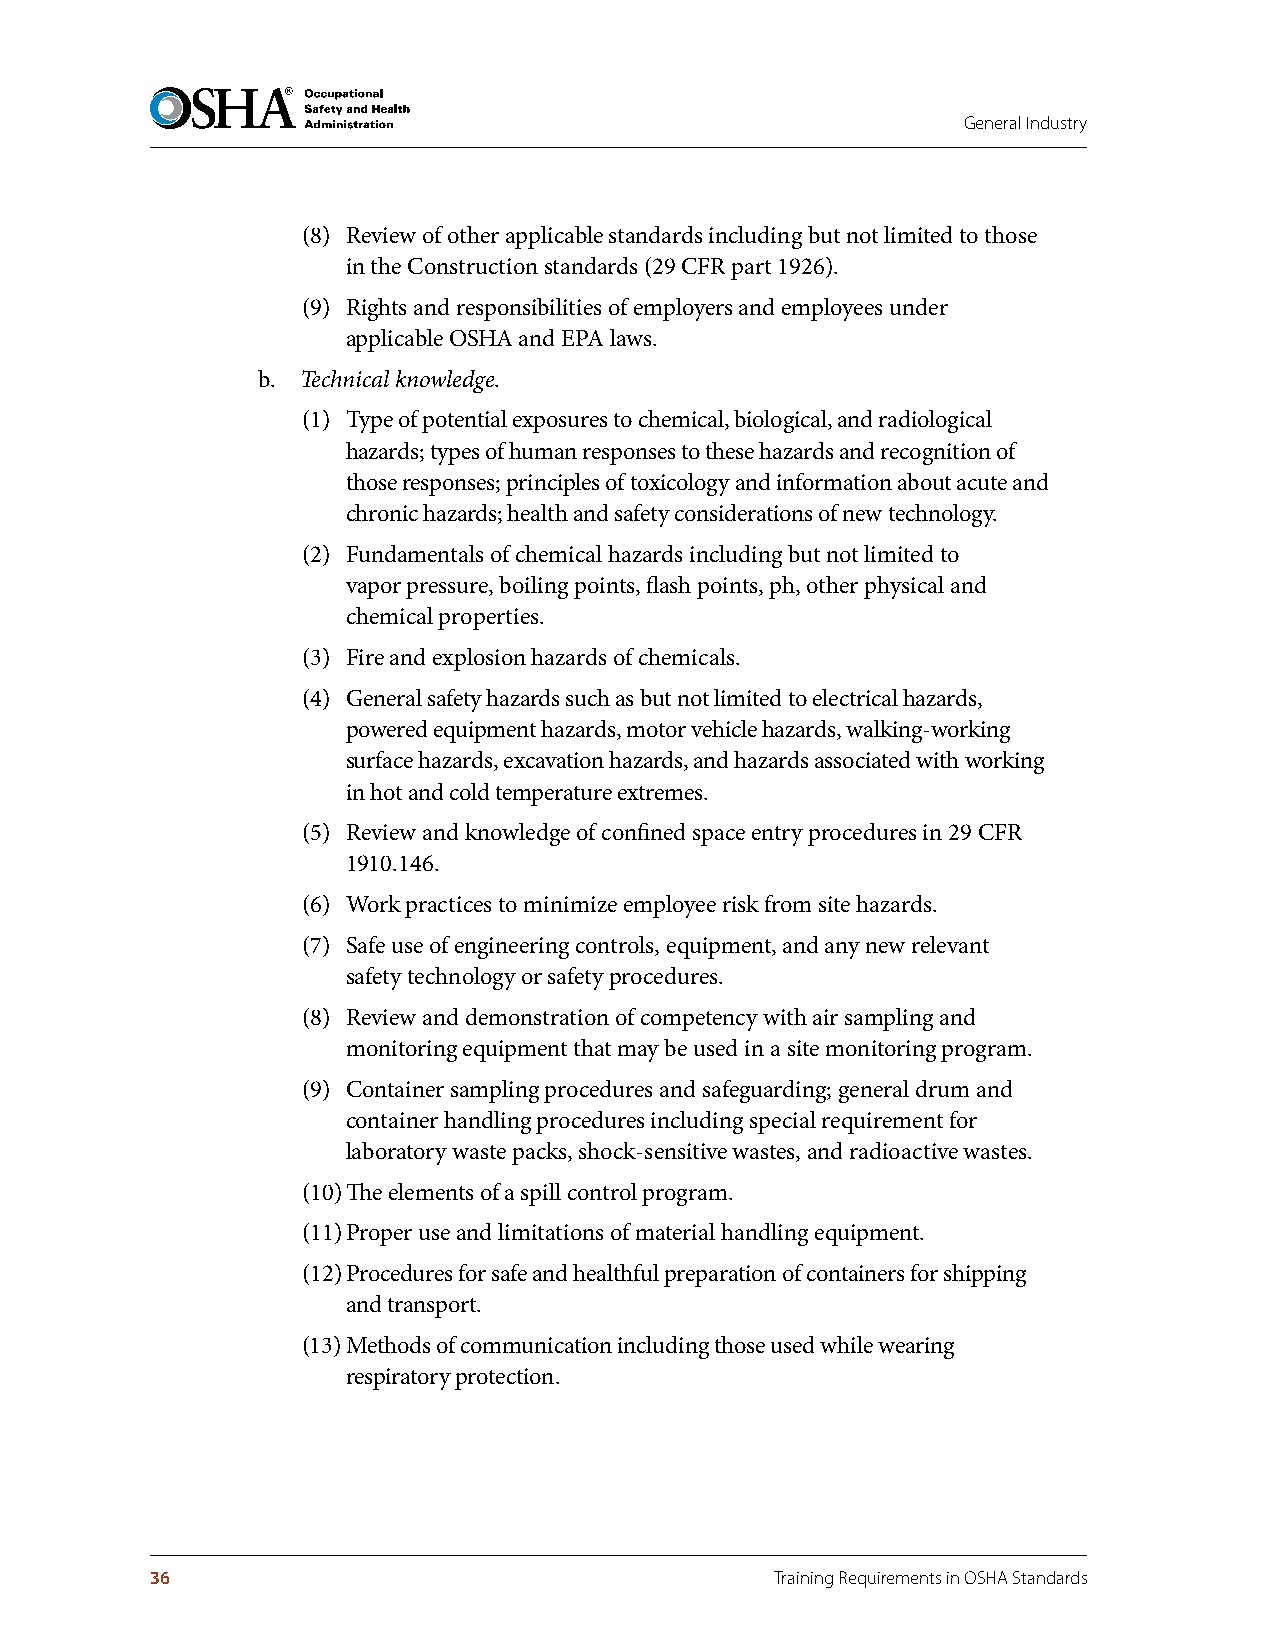
General Industry
 (8) Review of other applicable standards including but not limited to those
 in the Construction standards (29 CFR part 1926).
 (9) Rights and responsibilities of employers and employees under
 applicable OSHA and EPA laws.
 b. Technical knowledge.
 (1) Type of potential exposures to chemical, biological, and radiological
 hazards; types of human responses to these hazards and recognition of
 those responses; principles of toxicology and information about acute and
 chronic hazards; health and safety considerations of new technology.
 (2) Fundamentals of chemical hazards including but not limited to
 vapor pressure, boiling points, flash points, ph, other physical and
 chemical properties.
 (3) Fire and explosion hazards of chemicals.
 (4) General safety hazards such as but not limited to electrical hazards,
 powered equipment hazards, motor vehicle hazards, walking-working
 surface hazards, excavation hazards, and hazards associated with working
 in hot and cold temperature extremes.
 (5) Review and knowledge of confined space entry procedures in 29 CFR
 1910.146.
 (6) Work practices to minimize employee risk from site hazards.
 (7) Safe use of engineering controls, equipment, and any new relevant
 safety technology or safety procedures.
 (8) Review and demonstration of competency with air sampling and
 monitoring equipment that may be used in a site monitoring program.
 (9) Container sampling procedures and safeguarding; general drum and
 container handling procedures including special requirement for
 laboratory waste packs, shock-sensitive wastes, and radioactive wastes.
 (10) The elements of a spill control program.
 (11) Proper use and limitations of material handling equipment.
 (12) Procedures for safe and healthful preparation of containers for shipping
 and transport.
 (13) Methods of communication including those used while wearing
 respiratory protection.
 36                                       Training Requirements in OSHA Standards